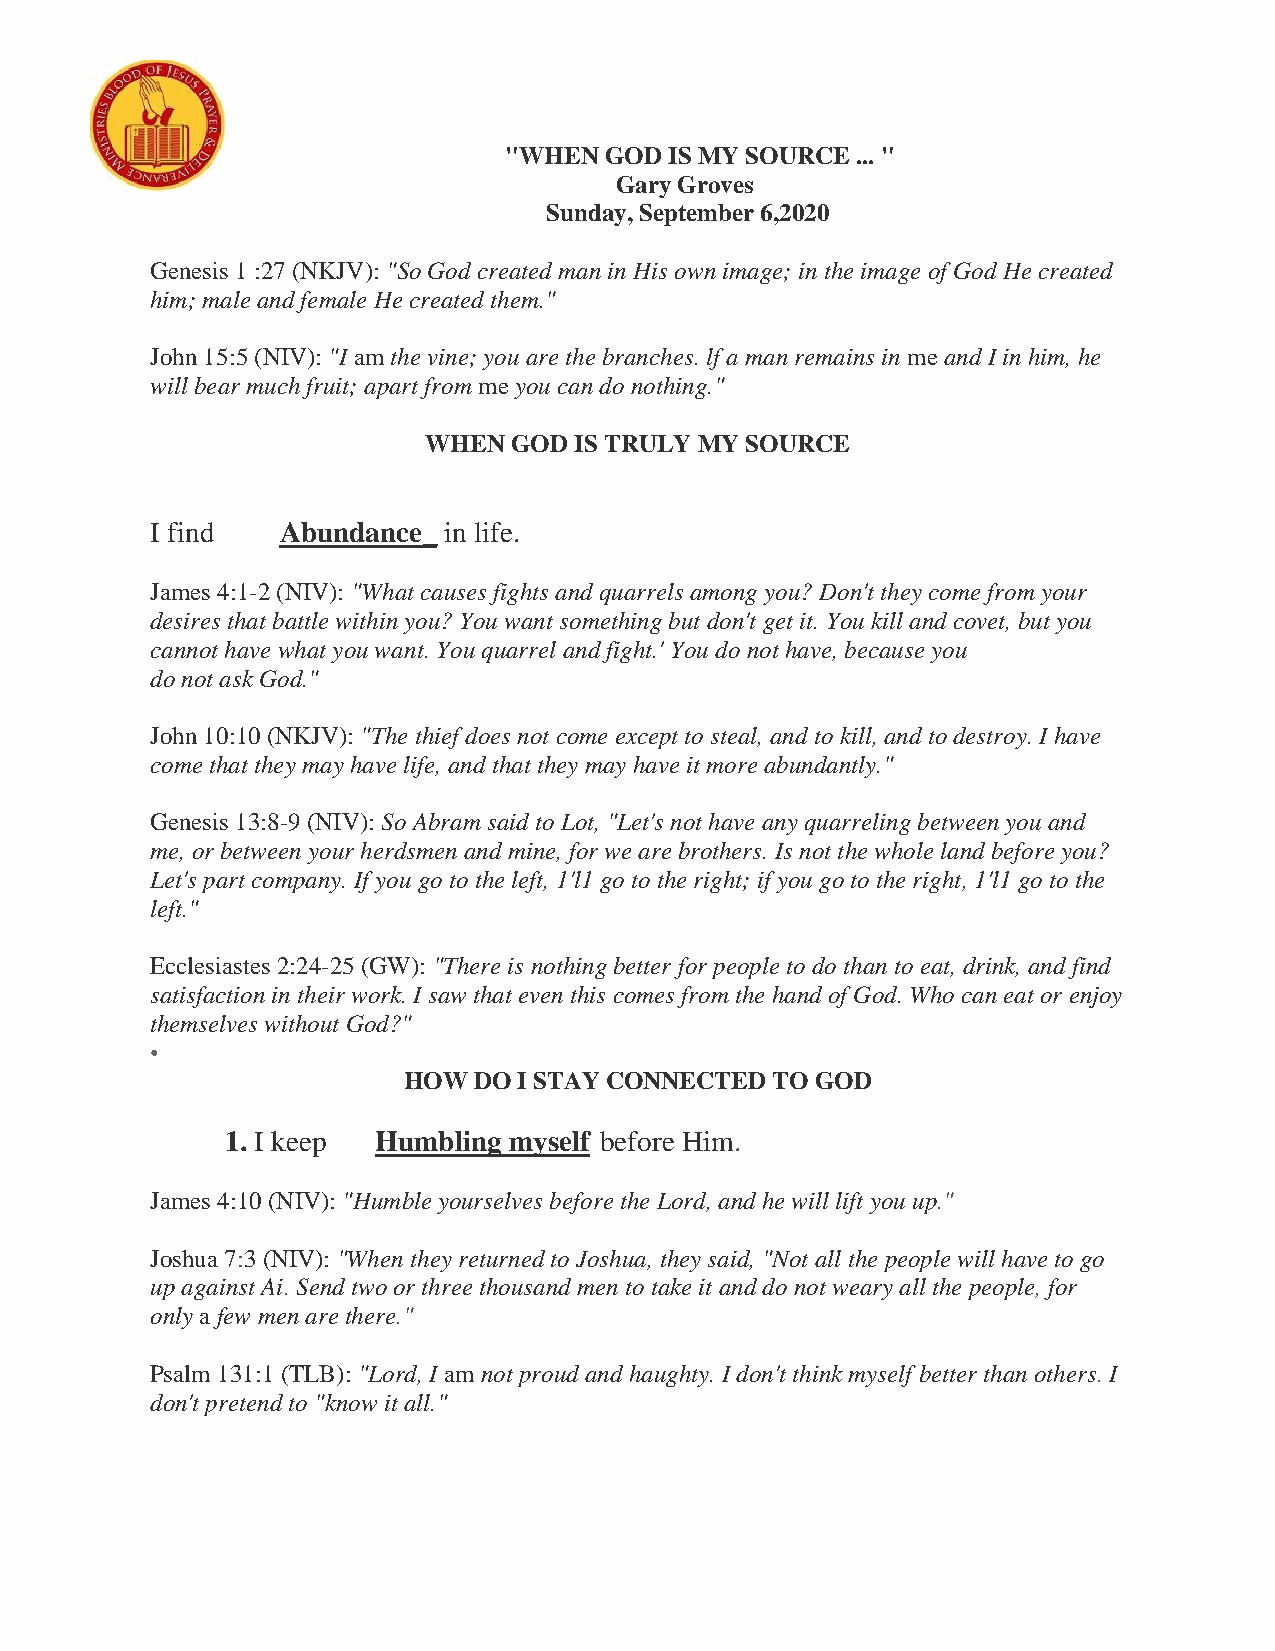
"WHEN  GOD IS MY SOURCE ... "
 Gary Groves
 Sunday, September 6,2020
 Genesis 1 :27 (NKJV): "So God created man in His own image; in the image of God He created
 him; male and female He created them."
 John 15:5 (NIV): "I am the vine; you are the branches. lf a man remains in me and I in him, he
 will bear much fruit; apart from me you can do nothing."
 WHEN  GOD IS TRULY MY SOURCE
 I find   Abundance_ in life.
 James 4:1-2 (NIV): "What causes fights and quarrels among you? Don't they come from your
 desires that battle within you? You want something but don't get it. You kill and covet, but you
 cannot have what you want. You quarrel and fight.' You do not have, because you
 do not ask God."
 John 10:10 (NKJV): "The thief does not come except to steal, and to kill, and to destroy. I have
 come that they may have life, and that they may have it more abundantly."
 Genesis 13:8-9 (NIV): So Abram said to Lot, "Let's not have any quarreling between you and
 me, or between your herdsmen and mine, for we are brothers. Is not the whole land before you?
 Let's part company. If you go to the left, 1'l1 go to the right; if you go to the right, 1'l1 go to the
 left."
 Ecclesiastes 2:24-25 (GW): "There is nothing better for people to do than to eat, drink, and find
 satisfaction in their work. I saw that even this comes from the hand of God. Who can eat or enjoy
 themselves without God?"
 •
 HOW DO I STAY CONNECTED TO GOD
 1. I keep Humbling myself before Him.
 James 4:10 (NIV): "Humble yourselves before the Lord, and he will lift you up."
 Joshua 7:3 (NIV): "When they returned to Joshua, they said, "Not all the people will have to go
 up against Ai. Send two or three thousand men to take it and do not weary all the people, for
 only a few men are there."
 Psalm 131:1 (TLB): "Lord, I am not proud and haughty. I don't think myself better than others. I
 don't pretend to "know it all."